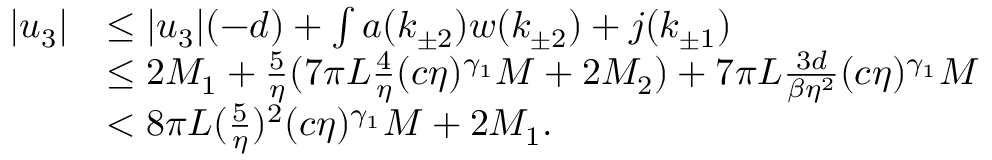
\begin{array} { r l } { \vert u _ { 3 } \vert } & { \le \vert u _ { 3 } \vert ( - d ) + \int a ( k _ { \pm 2 } ) w ( k _ { \pm 2 } ) + j ( k _ { \pm 1 } ) } \\ & { \le 2 M _ { 1 } + \frac 5 \eta ( 7 \pi L \frac 4 \eta ( c \eta ) ^ { \gamma _ { 1 } } M + 2 M _ { 2 } ) + 7 \pi L \frac { 3 d } { \beta \eta ^ { 2 } } ( c \eta ) ^ { \gamma _ { 1 } } M } \\ & { < 8 \pi L ( \frac 5 \eta ) ^ { 2 } ( c \eta ) ^ { \gamma _ { 1 } } M + 2 M _ { 1 } . } \end{array}